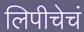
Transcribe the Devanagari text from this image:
लिपीचेचं